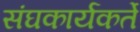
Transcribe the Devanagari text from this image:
संघकार्यकर्ते